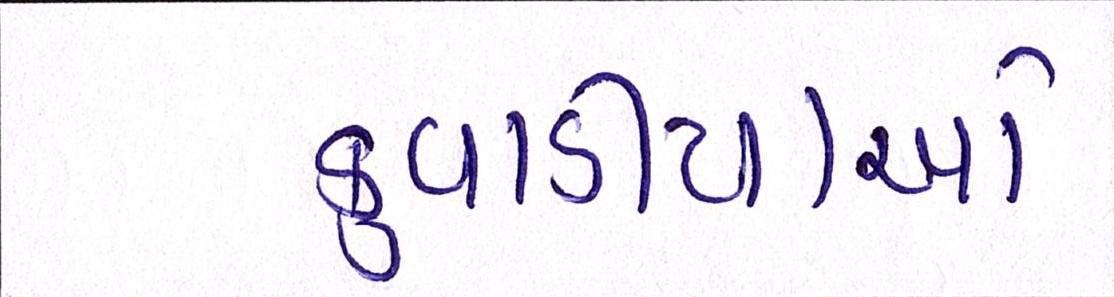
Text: કુવાડીયાઓ